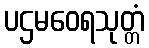
ပဌမဝေရသုတ္တံ